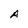
Character: A